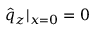
\hat { q } _ { z } | _ { x = 0 } = 0